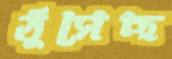
ঠুসেছ